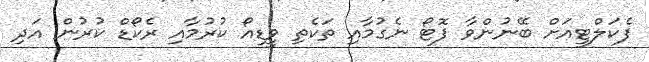
ފެކަލްޓީއަށް ބޭނުންވާ ފޮޓޯ ނެގުމާއި ތަކެތި ވީޑިއޯ ކުރުމާއި ރެކޯޑް ކުރުން އަދި